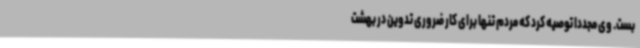
بست. وی مجددا توصیه کرد که مردم تنها برای کار ضروری تدوین در بهشت